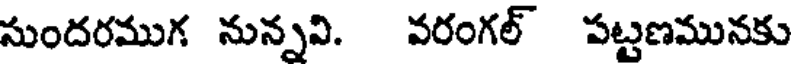
సుందరముగ నున్నవి. వరంగల్ పట్టణమునకు